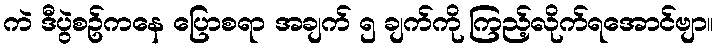
ကဲ ဒီပွဲစဥ်ကနေ ပြောစရာ အချက် ၅ ချက်ကို ကြည့်လိုက်ရအောင်ဗျာ။